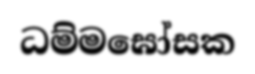
ධම්මඝෝසක